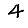
Digit: 4